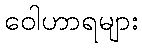
ဝေါဟာရများ